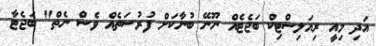
އަދި މިއީ ރިއަލިސްޓިކް ބަޖެޓެއް ނޫނޭ ބުނާކަށް ފުރުސަތެއް ވެސް ނެތް" ބަޖެޓާ